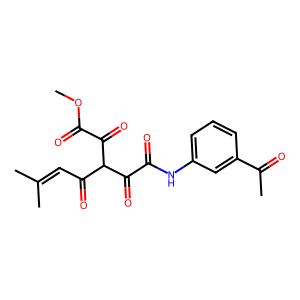
SMILES: COC(=O)C(=O)C(C(=O)C=C(C)C)C(=O)C(=O)Nc1cccc(C(C)=O)c1
Inhibits HIV replication: No